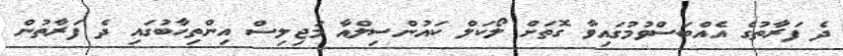
ދެ ފަރާތުގެ އެއްބަސްވުމުގައިވާ ގޮތަށް ލޯކަލް ކައުންސިލްއާ މަޖިލިސް އިންތިހާބުގައި ދެ ފަރާތުން